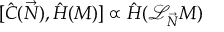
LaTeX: [ { \hat { C } } ( { \vec { N } } ) , { \hat { H } } ( M ) ] \propto { \hat { H } } ( { \mathcal { L } } _ { \vec { N } } M )